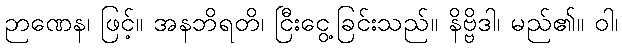
ဉာဏေန၊ ဖြင့်။ အနဘိရတိ၊ ငြီးငွေ့ခြင်းသည်။ နိဗ္ဗိဒါ၊ မည်၏။ ဝါ၊